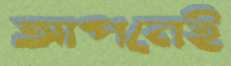
আপনেই